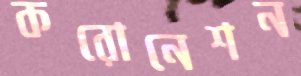
করোনেশন